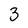
Character: 3